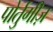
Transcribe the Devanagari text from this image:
पोर्तुगीज़